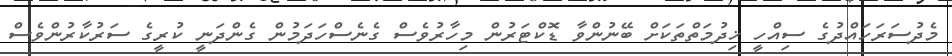
މެދުސަރަހައްދުގެ ސިއްހީ ޚިދުމަތްތަކަށް ބޭނުންވާ ޑޮކްޓަރުން މިހާރުވެސް ގެނެސްހަދަމުން ގެންދަނީ ކުރީގެ ސަރުކާރުންވެސް